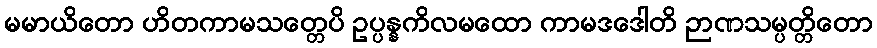
မမာယိတော ဟိတကာမသတ္တေပိ ဥပ္ပန္နကိလမထော ကာမဒဒေါတိ ဉာဏသမ္ပတ္တိတော